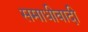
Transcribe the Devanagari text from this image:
समाधीवादी